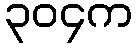
၃၀၄က